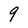
Character: 9